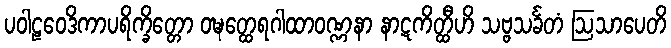
ပဝါဠဝေဒိကာပရိက္ခိတ္တော ဝဍ္ဎတ္ထေရဂါထာဝဏ္ဏနာ နာဋကိတ္ထီဟိ သဗ္ဗသင်္ခတံ ဩသာပေတိ